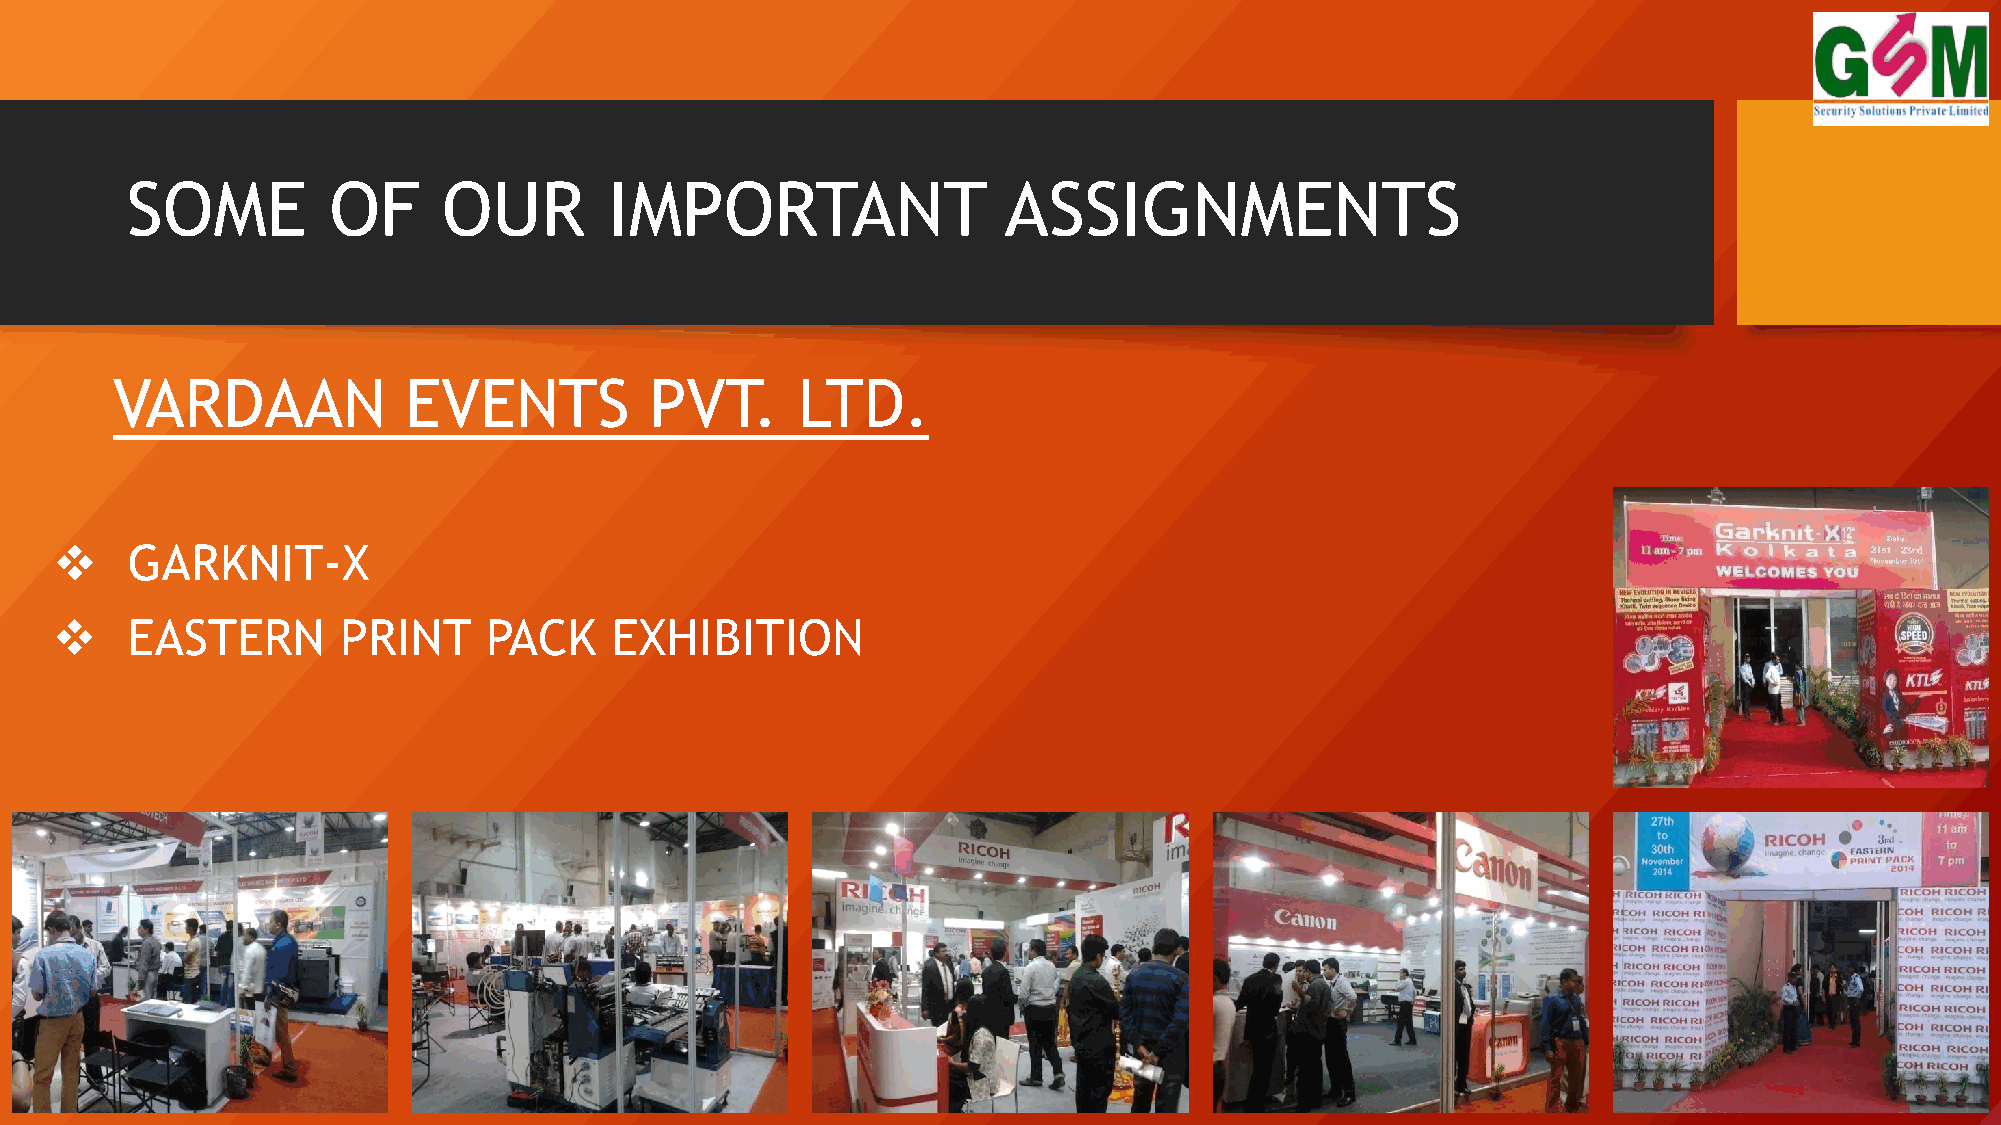
SOME          OF     OUR        IMPORTANT                 ASSIGNMENTS
 VARDAAN             EVENTS          PVT.      LTD.
 ❖    GARKNIT-X
 ❖    EASTERN       PRINT     PACK    EXHIBITION